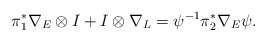
\begin{align*}\pi_1^*\nabla_E \otimes I + I\otimes \nabla_L =\psi^{-1}\pi_2^*\nabla_E \psi.\end{align*}